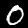
Digit: 0